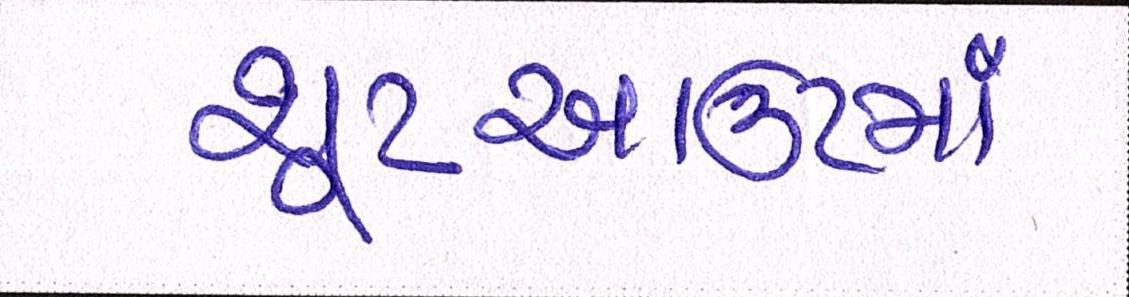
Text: શૂટઆઉટમાં